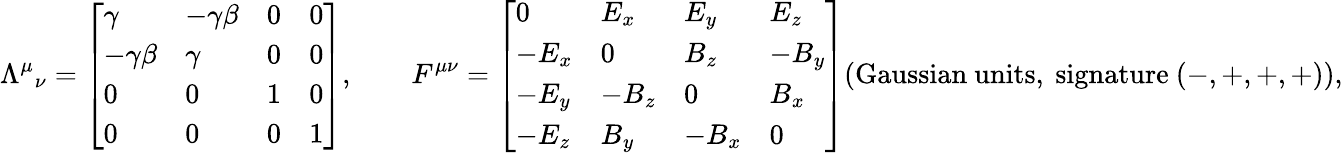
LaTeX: {\Lambda^{\mu}}_{\nu}={\left[\begin{array}{llll}{\gamma}&{-\gamma\beta}&{0}&{0}\\ {-\gamma\beta}&{\gamma}&{0}&{0}\\ {0}&{0}&{1}&{0}\\ {0}&{0}&{0}&{1}\end{array}\right]},\qquad F^{\mu\nu}={\left[\begin{array}{llll}{0}&{E_{x}}&{E_{y}}&{E_{z}}\\ {-E_{x}}&{0}&{B_{z}}&{-B_{y}}\\ {-E_{y}}&{-B_{z}}&{0}&{B_{x}}\\ {-E_{z}}&{B_{y}}&{-B_{x}}&{0}\end{array}\right]}{\mathrm{(Gaussian~units,~signature~}}(-,+,+,+){\mathrm{)}},